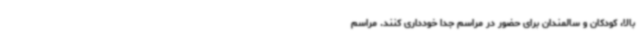
بالا، کودکان و سالمندان برای حضور در مراسم جداً خودداری کنند. مراسم